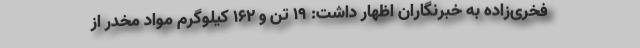
فخری‌زاده به خبرنگاران اظهار داشت: ۱۹ تن و ۱۶۲ کیلوگرم مواد مخدر از